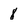
Character: 8